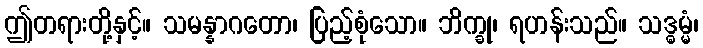
ဤတရားတို့နှင့်။ သမန္နာဂတော၊ ပြည့်စုံသော။ ဘိက္ခု၊ ရဟန်းသည်။ သဒ္ဓမ္မံ၊